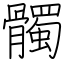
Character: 髑